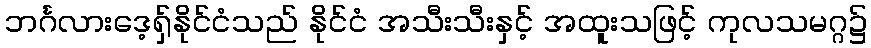
ဘင်္ဂလားဒေ့ရှ်နိုင်ငံသည် နိုင်ငံ အသီးသီးနှင့် အထူးသဖြင့် ကုလသမဂ္ဂ၌